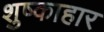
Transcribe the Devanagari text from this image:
शुष्काहार